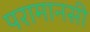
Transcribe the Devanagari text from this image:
परामानसी